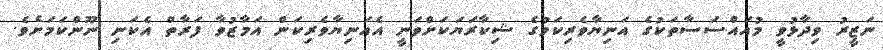
ނަޒީރު ވިދާޅުވީ މުއައްސަސާތަކުގެ އަނިޔާވެރިކަމުގެ ޝިކާރަޔަކަށްވަނީ އެއަނިޔާވެރިކަން އަމާޒުވާ ފަރާތް އެކަނި ނޫންކަމަށެވެ.